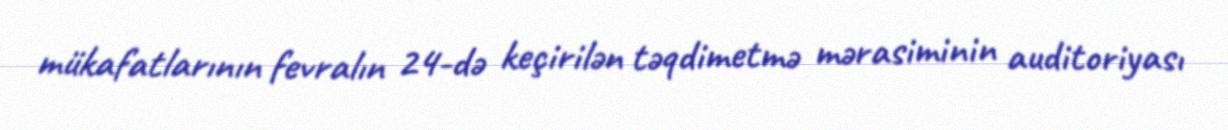
mükafatlarının fevralın 24-də keçirilən təqdimetmə mərasiminin auditoriyası